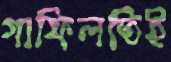
গাফিলতিই